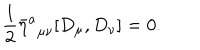
LaTeX: \frac 1 2 { \bar { \eta } ^ { a } } _ { \mu \nu } [ D _ { \mu } , D _ { \nu } ] = 0 .